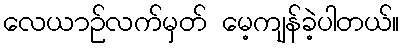
လေယာဉ်လက်မှတ် မေ့ကျန်ခဲ့ပါတယ်။